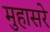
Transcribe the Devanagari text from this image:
मुहासरे